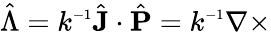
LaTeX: \hat{\Lambda}=k^{\scriptscriptstyle{-1}}\hat{\mathbf{J}}\cdot\hat{\mathbf{P}}=k^{\scriptscriptstyle{-1}}\nabla\times